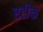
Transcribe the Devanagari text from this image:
एटीक